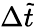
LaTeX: \Delta\tilde{t}